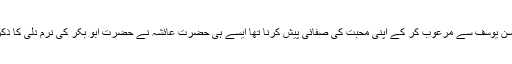
جس طرح زلیخا نے عورتوں کی ضیافت بظاہر ان کی عزت افزائی کے لیے کی ،مقصد انھیں حسن یوسف سے مرعوب کر کے اپنی محبت کی صفائی پیش کرنا تھا ایسے ہی حضرت عائشہ نے حضرت ابو بکر کی نرم دلی کا ذکر کرکے امامت حضرت عمر کو سونپنے کی تجویز دی ،مقصد ان کو بار خلافت سے بچانا تھا)۔